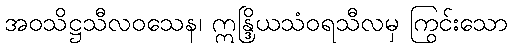
အဝသိဋ္ဌသီလဝသေန၊ ဣန္ဒြိယသံဝရသီလမှ ကြွင်းသော